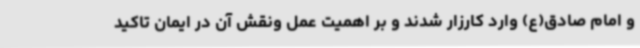
و امام صادق(ع) وارد کارزار شدند و بر اهمیت عمل ونقش آن در ایمان تاکید